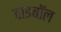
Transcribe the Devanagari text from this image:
वाइबॉल